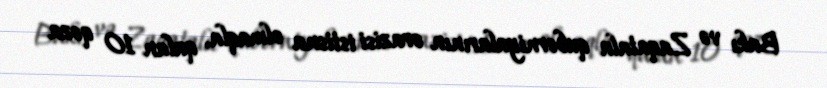
Bakı və Zaqatala quberniyalarının ərazisi istisna olmaqla, qalan 10 qəza